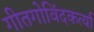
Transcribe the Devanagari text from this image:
गीतगोविंदकर्त्या